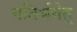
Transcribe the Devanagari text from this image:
गतिर्भवेत्